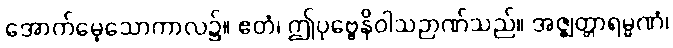
အောက်မေ့သောကာလ၌။ ဧတံ၊ ဤပုဗ္ဗေနိဝါသဉာဏ်သည်။ အဇ္ဈတ္တာရမ္မဏံ၊